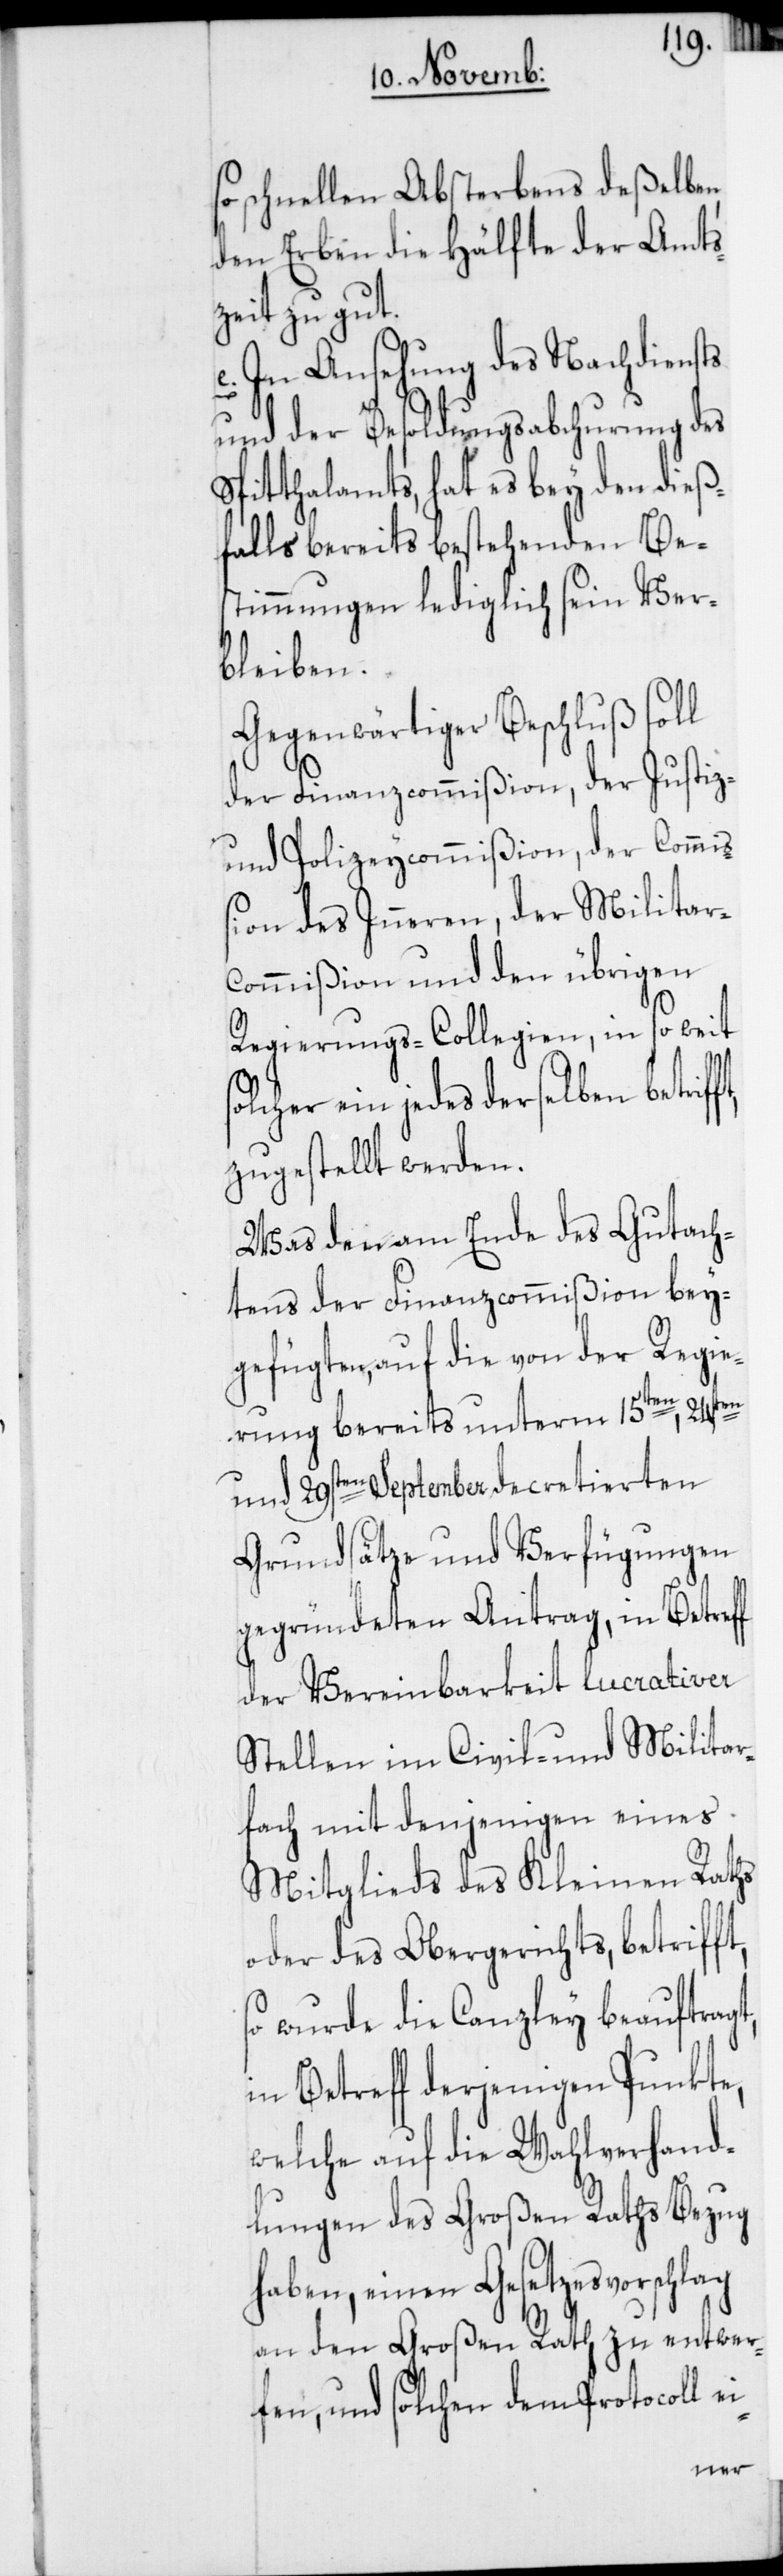
so schnellen Absterbens deßelben,
den Erben die Hälfte der Amts¬
zeit zu gut.
e. In Ansehung des Nachdiensts
und der Besoldungsabchurung des
Spitthalamts, hat es bey den dieß¬
falls bereits bestehenden Be¬
stimmungen lediglich sein Ver¬
bleiben.
Gegenwärtiger Beschluß soll
der Finanzcommißion, der Justiz-
und Polizeycommißion, der Commi¬
ßion des Inneren, der Militar¬
commißion und den übrigen
Regierungs-Collegien, in so weit
solcher ein jedes derselben betriff¬
zugestellt werden.
Was den am Ende des Gutach¬
tens der Finanzcommißion bey¬
gefügten, auf die von der Regie¬
i-
rung bereits unterm 15ten, 24sten
und 29sten September decretierten
Grundsätze und Verfügungen
gegründeten Antrag, in Betreff
der Vereinbarkeit lucrativer
Stellen im Civil- und Militar¬
fach mit denjenigen eines
Mitglieds des Kleinen Raths
oder des Obergerichts, betrifft,
so wurde die Canzley beauftragt,
in Betreff derjenigen Punkte,
welche auf die Wahlverhand¬
lungen des Großen Raths Bezug
haben, einen Gesetzesvorschlag
an den Großen Rath zu entwer¬
fen, und solchen dem Protocoll e¬